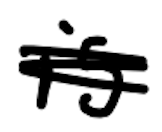
Text: is
Cross-out: scratch
Writing tool: digital_black